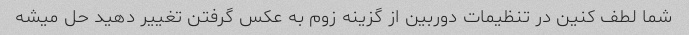
شما لطف کنین در تنظیمات دوربین از گزینه زوم به عکس گرفتن تغییر دهید حل میشه